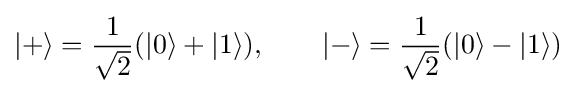
|+\rangle ={\frac {1}{\sqrt {2}}}(|0\rangle +|1\rangle ),\qquad |-\rangle ={\frac {1}{\sqrt {2}}}(|0\rangle -|1\rangle )